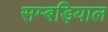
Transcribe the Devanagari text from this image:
सम्बड़ियाल